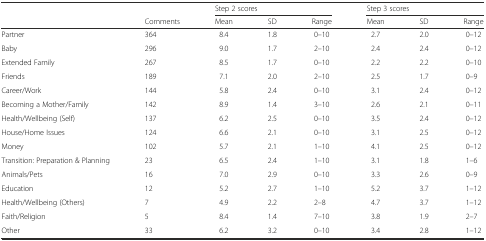
|  |  | <COLSPAN=3> Step 2 scores | <COLSPAN=3> Step 3 scores |
 |  | Comments | Mean | SD | Range | Mean | SD | Range |
 | --- | --- | --- | --- | --- | --- | --- | --- |
 | Partner | 364 | 8.4 | 1.8 | 0–10 | 2.7 | 2.0 | 0–12 |
 | Baby | 296 | 9.0 | 1.7 | 2–10 | 2.4 | 2.4 | 0–12 |
 | Extended Family | 267 | 8.5 | 1.7 | 0–10 | 2.2 | 2.2 | 0–10 |
 | Friends | 189 | 7.1 | 2.0 | 2–10 | 2.5 | 1.7 | 0–9 |
 | Career/Work | 144 | 5.8 | 2.4 | 0–10 | 3.1 | 2.4 | 0–12 |
 | Becoming a Mother/Family | 142 | 8.9 | 1.4 | 3–10 | 2.6 | 2.1 | 0–11 |
 | Health/Wellbeing (Self) | 137 | 6.2 | 2.5 | 0–10 | 3.5 | 2.4 | 0–12 |
 | House/Home Issues | 124 | 6.6 | 2.1 | 0–10 | 3.1 | 2.5 | 0–12 |
 | Money | 102 | 5.7 | 2.1 | 1–10 | 4.1 | 2.5 | 0–12 |
 | Transition: Preparation & Planning | 23 | 6.5 | 2.4 | 1–10 | 3.1 | 1.8 | 1–6 |
 | Animals/Pets | 16 | 7.0 | 2.9 | 0–10 | 3.3 | 2.6 | 0–9 |
 | Education | 12 | 5.2 | 2.7 | 1–10 | 5.2 | 3.7 | 1–12 |
 | Health/Wellbeing (Others) | 7 | 4.9 | 2.2 | 2–8 | 4.7 | 3.7 | 1–12 |
 | Faith/Religion | 5 | 8.4 | 1.4 | 7–10 | 3.8 | 1.9 | 2–7 |
 | Other | 33 | 6.2 | 3.2 | 0–10 | 3.4 | 2.8 | 1–12 |